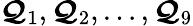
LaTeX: \boldsymbol{\mathcal{Q}}_{1},\boldsymbol{\mathcal{Q}}_{2},\dots,\boldsymbol{\mathcal{Q}}_{9}